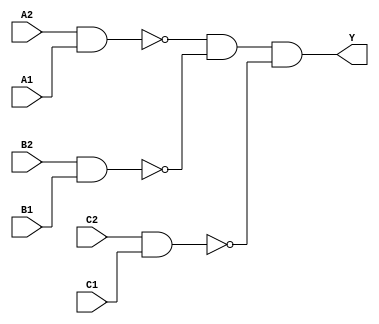
module sky130_fd_sc_ms__a222oi (
    Y ,
    A1,
    A2,
    B1,
    B2,
    C1,
    C2
);
    output Y ;
    input  A1;
    input  A2;
    input  B1;
    input  B2;
    input  C1;
    input  C2;
    wire nand0_out ;
    wire nand1_out ;
    wire nand2_out ;
    wire and0_out_Y;
    nand nand0 (nand0_out , A2, A1                         );
    nand nand1 (nand1_out , B2, B1                         );
    nand nand2 (nand2_out , C2, C1                         );
    and  and0  (and0_out_Y, nand0_out, nand1_out, nand2_out);
    buf  buf0  (Y         , and0_out_Y                     );
endmodule